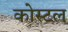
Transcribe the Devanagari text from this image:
कोस्‍टल